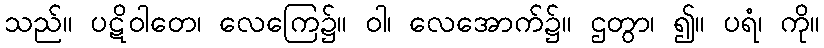
သည်။ ပဋိဝါတေ၊ လေကြေ၌။ ဝါ၊ လေအောက်၌။ ဌတွာ၊ ၍။ ပရံ၊ ကို။